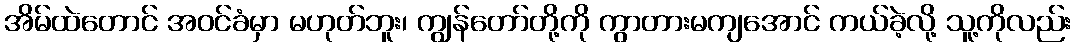
အိမ်ထဲတောင် အဝင်ခံမှာ မဟုတ်ဘူး၊ ကျွန်တော်တို့ကို ကွာတားမကျအောင် ကယ်ခဲ့လို့ သူ့ကိုလည်း